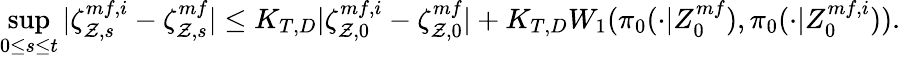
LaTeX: \operatorname*{sup}_{0\leq s\leq t}|\zeta_{\mathcal{Z},s}^{mf,i}-\zeta_{\mathcal{Z},s}^{mf}|\leq K_{T,D}|\zeta_{\mathcal{Z},0}^{mf,i}-\zeta_{\mathcal{Z},0}^{mf}|+K_{T,D}W_{1}(\pi_{0}(\cdot|Z_{0}^{mf}),\pi_{0}(\cdot|Z_{0}^{mf,i})).